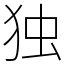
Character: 独